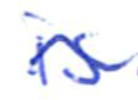
Text: is
Cross-out: wave
Writing tool: ballpoint